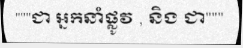
"""ជា អ្នកនាំផ្លូវ , និង ជា"""